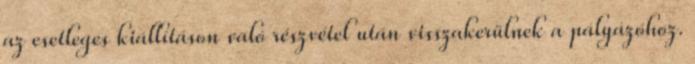
az esetleges kiállításon való részvétel után visszakerülnek a pályázóhoz.